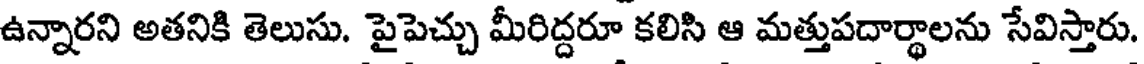
ఉన్నారని అతనికి తెలుసు. పైపెచ్చు మీరిద్దరూ కలిసి ఆ మత్తుపదార్థాలను సేవిస్తారు.